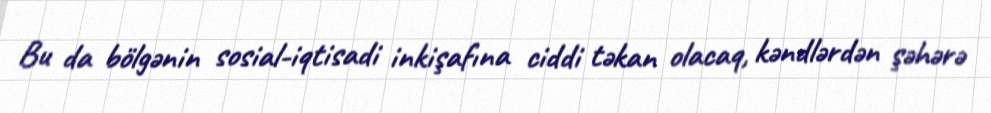
Bu da bölgənin sosial-iqtisadi inkişafına ciddi təkan olacaq, kəndlərdən şəhərə